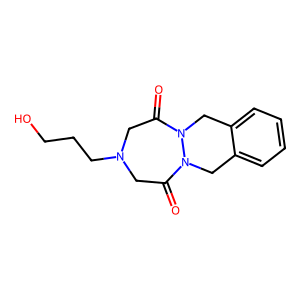
SMILES: O=C1CN(CCCO)CC(=O)N2Cc3ccccc3CN12
Inhibits HIV replication: No